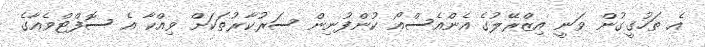
އެ ތަހުގީގުން ވަނީ އިޒްރޭލުގެ އެންއެސްއޯ ކުންފުނިން ސަރުކާރުތަކަށް ވިއްކާ އެ ސޮފްޓްވެއާގެ